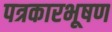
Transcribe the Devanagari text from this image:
पत्रकारभूषण